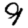
Digit: 9